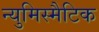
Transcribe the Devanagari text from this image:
न्युमिस्मैटिक